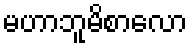
မဟာဘူမိစာလော